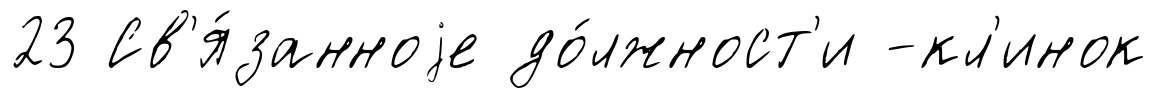
23 Св'я́занноjе до́лжност'и -кл'инок